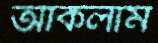
আঁকলাম